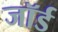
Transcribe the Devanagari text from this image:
जॉर्ड